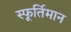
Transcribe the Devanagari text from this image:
स्फूर्तिमान